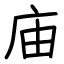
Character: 庙